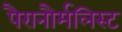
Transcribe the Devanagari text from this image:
पैरानौर्मलिस्ट